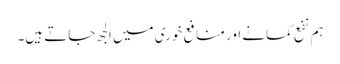
ہم نفع کمانے اور منافع خوری میں الجھ جاتے ہیں۔